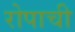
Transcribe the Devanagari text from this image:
रोपाची